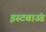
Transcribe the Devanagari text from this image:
इस्टबाउंड